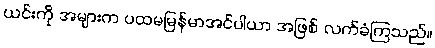
ယင်းကို အများက ပထမမြန်မာအင်ပါယာ အဖြစ် လက်ခံကြသည်။